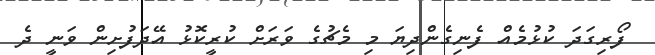
ފޯރިގަދަ ކުޅުމެއް ފެނިގެންދިޔަ މި މެޗުގެ ވަރަށް ކުރީކޮޅު އޭދަފުށިން ވަނީ ދެ